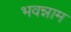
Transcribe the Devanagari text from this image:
भवन्नाम